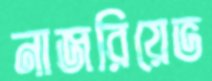
নাজরিয়েভ